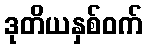
ဒုတိယနှစ်ဝက်